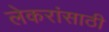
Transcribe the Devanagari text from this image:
लेकरांसाठी